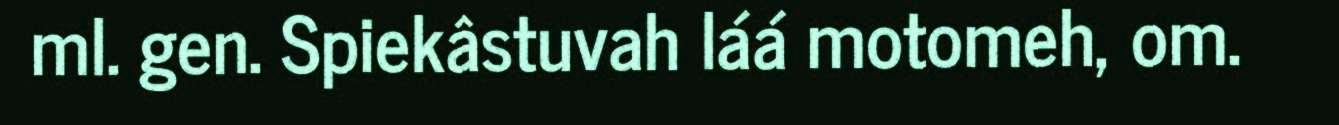
ml. gen. Spiekâstuvah láá motomeh, om.